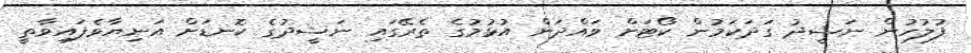
ފުލުހުން ނަޝީދު ގަދަކަމުން ކޯޓަށް ވައްދަން އުޅުމުގެ ތެރޭގައި ނަޝީދުގެ ކޮނޑަށް އަނިޔާވެފައިވާތީ